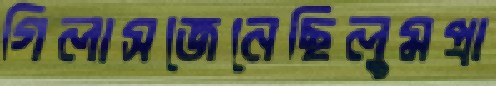
গিলাসজেনেছিলুমপ্রা